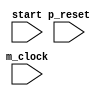
module statemachine (
    p_reset,
    m_clock,
    start
);
    input p_reset;
    input m_clock;
    input start;

    parameter IF = 1;
    parameter DE = 2;
    parameter RF = 3;
    parameter EX = 4;
    parameter WB = 5;
    reg [2:0] state;

    always @(posedge m_clock or posedge p_reset) begin
        if (p_reset) state <= 0;
        else if (~p_reset & start) state <= IF;
        else begin
            case (state)
                IF: state <= DE;
                DE: state <= RF;
                RF: state <= EX;
                EX: state <= WB;
                WB: state <= IF; 
                default: state <= 0;
            endcase
        end
    end

endmodule